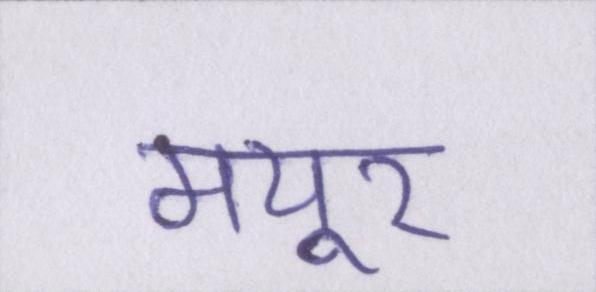
मयूर